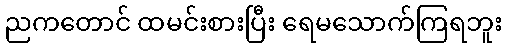
ညကတောင် ထမင်းစားပြီး ရေမသောက်ကြရဘူး